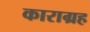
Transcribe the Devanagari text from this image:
काराग्रह